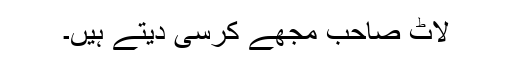
لاٹ صاحب مجھے کرسی دیتے ہیں۔